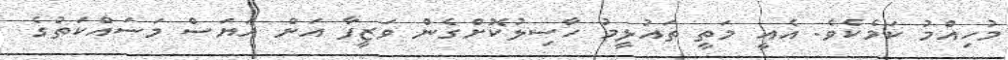
މުހިއްމު ކަމެކެވެ. އެއީ މަތީ ތައުލީމު ހާސިލުކޮށްގެން ވަޒީފާ އަށް އަޔަސް މަސައްކަތުގެ